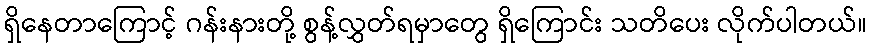
ရှိနေတာကြောင့် ဂန်းနားတို့ စွန့်လွှတ်ရမှာတွေ ရှိကြောင်း သတိပေး လိုက်ပါတယ်။